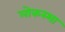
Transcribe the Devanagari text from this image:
लोकस्भा